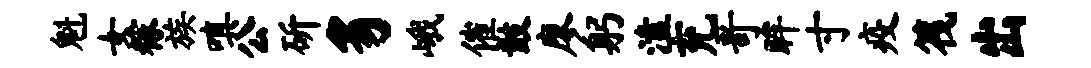
魁女稼族嗔公斫豸峨催鼓廖躬溘充哥眸寸疫筏出